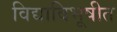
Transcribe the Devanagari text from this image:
विद्याविभूषीत